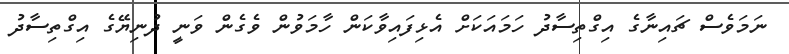
ނަމަވެސް ޗައިނާގެ އިގްތިސާދު ހަމައަކަށް އެޅިފައިވާކަން ހާމަވުން ވެގެން ވަނީ ދުނިޔޭގެ އިގްތިސާދު